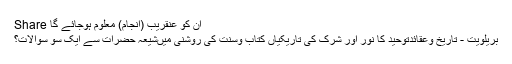
ان کو عنقریب (انجام) معلوم ہوجائے گا Share
بريلویت - تاریخ وعقائدتوحید کا نور اور شرک کی تاریکیاں کتاب وسنت کی روشنی میںشيعہ حضرات سے ایک سو سوالات؟